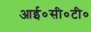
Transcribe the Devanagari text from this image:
आई०सी०टी०